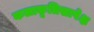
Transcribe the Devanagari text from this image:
कलाकृतिसापेक्ष